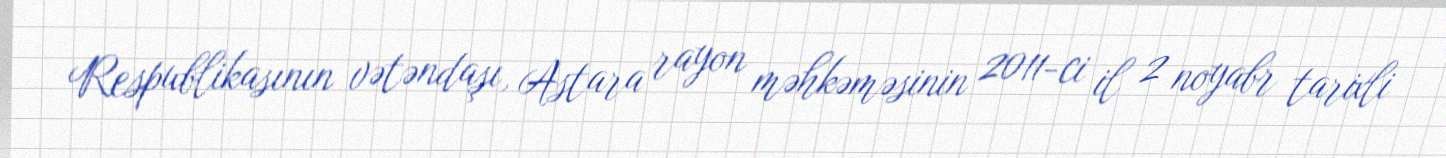
Respublikasının vətəndaşı, Astara rayon məhkəməsinin 2011-ci il 2 noyabr tarixli